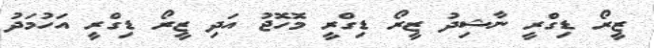
ޒީރޯ ޑިގްރީ ނާޝިދު ޒީރޯ ޑިގްރީ މޮހޮޖު އަދި ޒީރޯ ޑިގްރީ އަހުމަދު